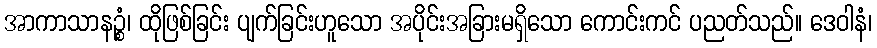
အာကာသာနဉ္စံ၊ ထိုဖြစ်ခြင်း ပျက်ခြင်းဟူသော အပိုင်းအခြားမရှိသော ကောင်းကင် ပညတ်သည်။ ဒေဝါနံ၊